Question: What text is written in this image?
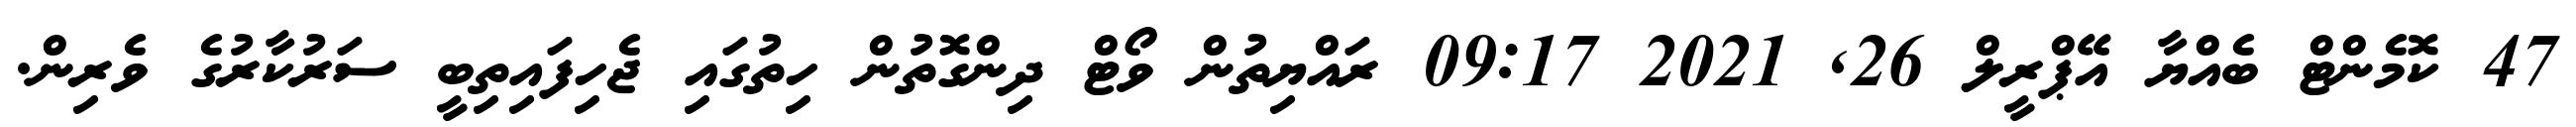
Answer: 47 ކޮމެންޓް ބެއްޔާ އޭޕްރީލް 26, 2021 09:17 ރައްޔިތުން ވޯޓް ދިންގޮތުން ހިތުގައި ޖެހިފައިތިބީ ސަރުކާރުގެ ވެރިން.